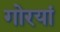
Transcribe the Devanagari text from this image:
गोरयां